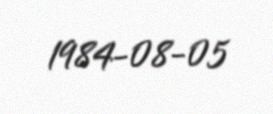
1984-08-05